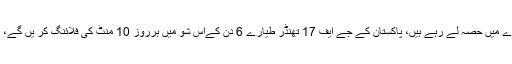
اس ائیرشو میں پاکستان کے تین جے ایف 17 تھنڈر طیارے فضائی مظاہرے میں حصہ لے رہے ہیں، پاکستان کے جے ایف 17 تھنڈر طیارے 6 دن کےاس شو میں ہرروز 10 منٹ کی فلائنگ کر یں گے، پاک فضائیہ کے سربراہ ائیرمارشل سہیل امان نے بھی شو میں شرکت کی۔